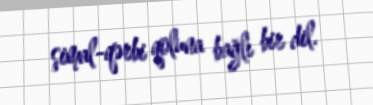
şimal-qərbi qoluna bağlı bir dil.